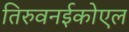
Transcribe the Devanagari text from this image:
तिरुवनईकोएल